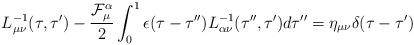
LaTeX: \begin{align*}L_{\mu\nu}^{-1}(\tau,\tau^{\prime}) -\frac{{\cal F}_{\mu}^{\alpha}}{2} \int_{0}^1\epsilon(\tau-\tau^{\prime\prime}) L_{\alpha\nu}^{-1} (\tau^{\prime\prime},\tau^{\prime})d\tau^{\prime\prime} =\eta_{\mu\nu}\delta(\tau-\tau^{\prime})\end{align*}